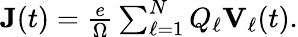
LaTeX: \begin{array}{r}{\mathbf{J}(t)=\frac{e}{\Omega}\sum_{\ell=1}^{N}Q_{\ell}\mathbf{V}_{\ell}(t).}\end{array}